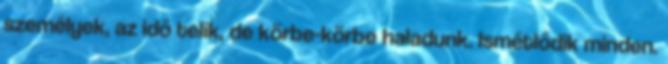
személyek, az idő telik, de körbe-körbe haladunk. Ismétlődik minden.